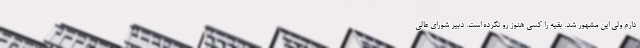
دارم ولی این مشهور شد. بقیه را کسی هنوز رو نکرده است. دبیر شورای عالی